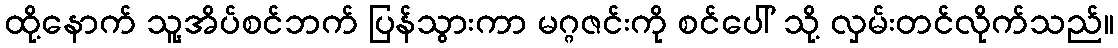
ထို့နောက် သူ့အိပ်စင်ဘက် ပြန်သွားကာ မဂ္ဂဇင်းကို စင်ပေါ် သို့ လှမ်းတင်လိုက်သည်။